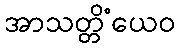
အာသတ္တိံယေဝ